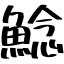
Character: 鯰